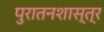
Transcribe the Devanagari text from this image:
पुरातनशास्त्र